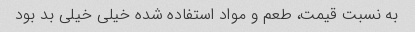
به نسبت قیمت، طعم و مواد استفاده شده خیلی خیلی بد بود